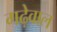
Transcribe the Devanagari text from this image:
गढ़ेवाल